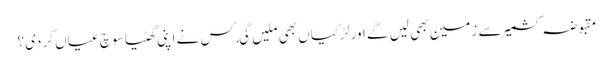
مقبوضہ کشمیر سے زمین بھی لیں گے اور لڑکیاں بھی ملیں گی, کس نے اپنی گھٹیا سوچ عیاں کر دی؟